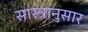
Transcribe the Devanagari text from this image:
सास्त्रानुसार